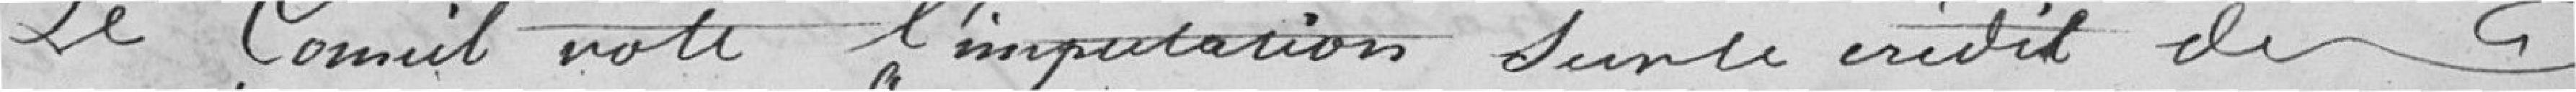
Le Conseil vote l'imputation sur le crédit des